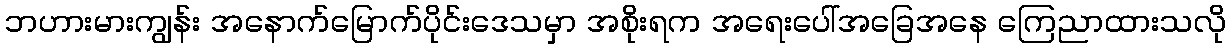
ဘဟားမားကျွန်း အနောက်မြောက်ပိုင်းဒေသမှာ အစိုးရက အရေးပေါ်အခြေအနေ ကြေညာထားသလို